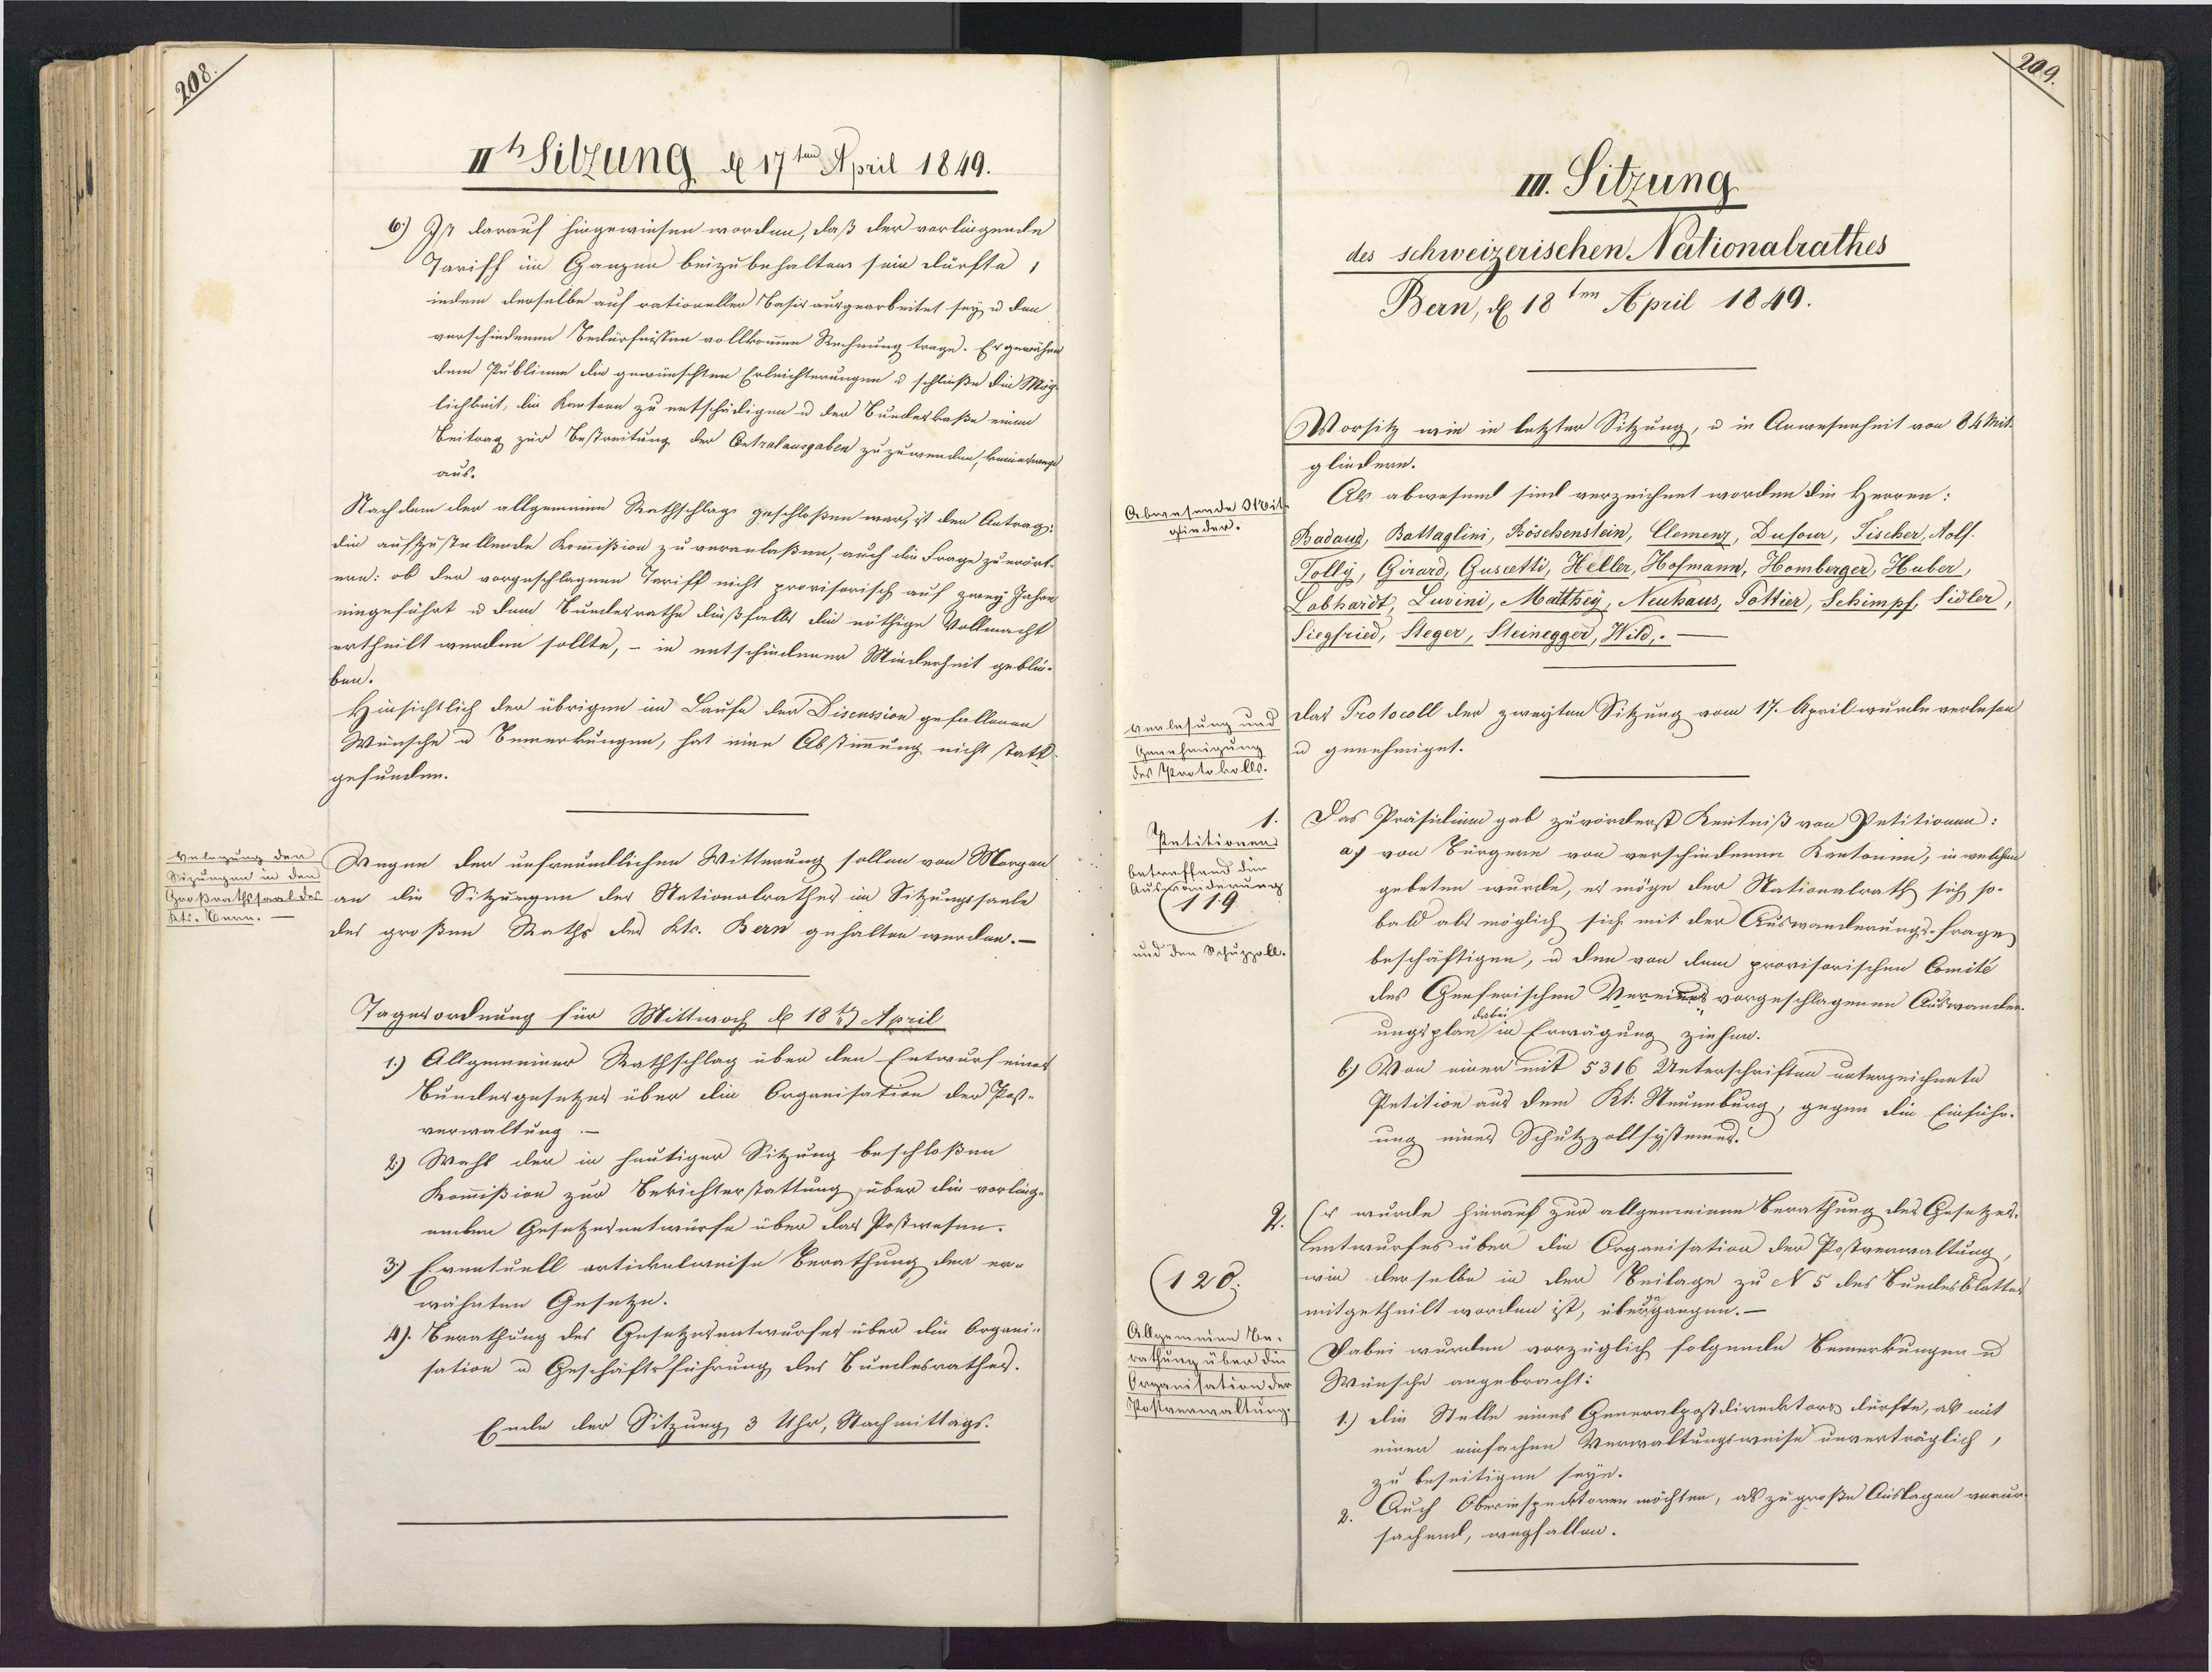
IhSitzung d 17te April 1849.
6) Ist darauf hingewiesen worden, daß der vorlingende
Jariff im Ganzen beizubehalten sein dürfte,
indem derselbe auf rationellen Basir ausgearbeitet sey u den
verschiedenen Bedürfnissen vollkommen Rechnung trage. Er gewähre
dem Publinne die gewünschten Erleichterungen u schließe die Möge
lichkeit, die Kantorn zu entschädigen u der Bundeskaße einen
Beitrag zur Bestreitung der Ontralausgaben zu zuwenden, keinetwege
aus.
Nachdem der allgemeine Rathschlage geschloßen war, ist den Antrag-
die aufzzustellende Kommißion zu veranlaßen, auch die Frage zu erört-
nen: ob der vorgeschlagene Trriff nicht provisorisch auf zwey Jahre
eingeführt u dem Bundesrathe dießfalls die nöthige Vollmacht
ertheilt werden sollte, – in entschiedener Minderheit geblü¬
ben.
Hinsichtlich den übrigen im Laufe der Disenssion gefallenen
Wünsche u Eemerkungen, hat eine Abstimmung nicht statt
gefunden.
Velegung der Wegen der unfreundlichen Witteung sollen von Morgen
Sizungen in den
Großrathssaaldes an die Sitzungen der Stationalrathes im Sitzungssaale
Ktr. Hern.
des großen Raths des Ktr. Bern gehalten werden.-
Tagesordnung für Mittwoch de 18t April
1.) Allgemeiner Rathschlag über den Entwurf eines
Bundergesetzes über die Organisation der Post-
verwaltung:
2) Wahl der in heutiger Sitzung beschloßen
Kommißion zur Berichterstattung über die vorling¬
enten Gesetzesentwürfe über das Postwesen.
3) Eventuell artickelweise Berathung der er-
wähnten Gesetze.
4). Berathung des Gesetzesentwurfet über die Organi-
sation u Geschäftsführung des Bunlesrathes.
Emnle der Sitzung, 3 Uhr, Nachmittags-

m. Sitzung
des schweizerischen Nationalrathes
Bern, d 18 April 1849.
Vorsitz wie in letzter Sitzung, u in Anwesenheit von 84 Mit
glindern.
Als abwesund sind verzeichnet worden die Herren:
Abwesende Ot0it
gfinder.
Badand, Battaglini, Böschenstein, Clemenz, Dusour, Fischer, Aolf.
Tolly, Girard, Guscetti, Helle, Hofmann, Homberger, Huber)
Labhardt, Luvini, Matthey, Neuhaus, Pöttier, Schimpf, Sidler,
Siegfried, Steger, Steinegger, Wild,.
verlesung und Vlat Protocoll der zweyten Sitzung vom 17. April wurde verlesen
Genehmigung
u genehmiget.
des Utnotokolls.
Das Präsidium gab zuvörderst Kenntniß von Petitionen:
Petitionen
a) von Bürgere von verschiedenen Kantonen, in welchen
und die
betre¬
derung
Ausfe
gebeten wurde, es möge der Nationalrath sich so-
119
bald als möglich sich mit der Auswanderungs-Frage
und den Schuppoll.
beschäftigen, u den von dem provisorischen Comité
des Genferischen Vereines vorgeschlagenen Auswander.
dabei
ungsplan in Erwägung ziehen.
6) Von einer mit 5316 Unterschriften unterzeichnete
Petition aus dem Kt. Neuenburg, gegen die Einführ¬
ung eines Schutzzollsystemus.
(r wurde hierauf zur allgemeinen Berathung des Gesetzes
Eentwurfes über die Organisation der Postverwaltung,
wie derselbe in den Beilage zu N 5 des Buedesblatter
(128
mitgetheilt worden ist, übergangen.—
Allgemeine Be-
Dabei wurdden vorzüglich folgende Bemerkungen u.
rathung über die
Wünsche angebracht:
Organisation der
Postvenwaltung
1.) Die Stelle eines Generalpostdirektors dürfte, ab mit
einen einfachen Verwaltungsweise unverträglich,
zu beseitigen seyn.
2. Auch Oberinspecktoren möchten, als zu große Auslagen verur¬
sachend, wegfallen.